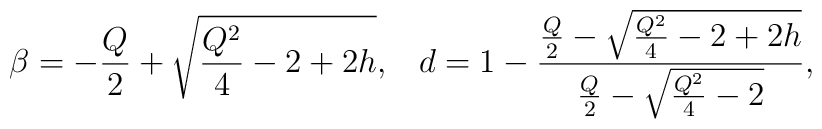
\beta = -\frac{Q}{2} +\sqrt{\frac{Q^{2}}{4} -2+2h},\,\,\,\,\,d = 1 - \frac{\frac{Q}{2} -\sqrt{ \frac{Q^{2}}{4}-2+2h}}{\frac{Q}{2} - \sqrt{\frac{Q^{2}}{4} -2}},